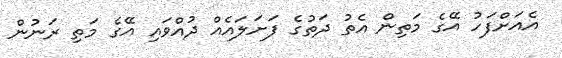
އެއަށްފަހު އޭގެ މަތިން އެތު ދަތުގެ ފަށަލައެއް ދުއްވައި އޭގެ މަތި ރަނުން